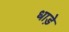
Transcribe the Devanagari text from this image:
धाड़े